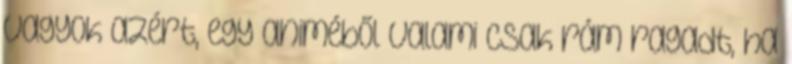
vagyok azért, egy animéből valami csak rám ragadt, ha